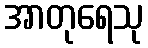
အာတုရေသု